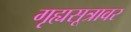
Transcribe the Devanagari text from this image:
गृह्यसूत्रावर